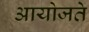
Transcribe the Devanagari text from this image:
आयोजते